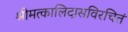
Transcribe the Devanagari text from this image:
श्रीमत्कालिदासविरचितं